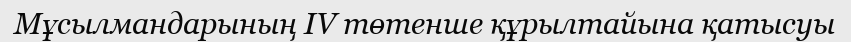
Мұсылмандарының IV төтенше құрылтайына қатысуы